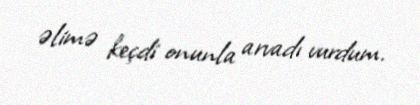
əlimə keçdi onunla arvadı vurdum.